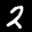
Label: 2